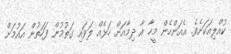
ކުއްލިއަކަށެވެ. އެއަންހެން މީހާ އާ ދިމާއަށް ހަޅެއް ލަވައި ގަތުމުން ފަހަތުން އައުމަށް